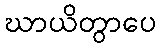
ဃာယိတွာပေ